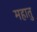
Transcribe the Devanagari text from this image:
महातु